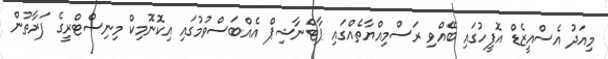
މިއަދު އެސްއީޒެޑް އޮފީހުގައި ބޭއްވި ރަސްމިއްޔާތެއްގައި ޕާޓްނާޝިޕް އެއްބަސްވުމުގައި އިކޮނޮމިކް މިނިސްޓްރީގެ ފަރާތުން